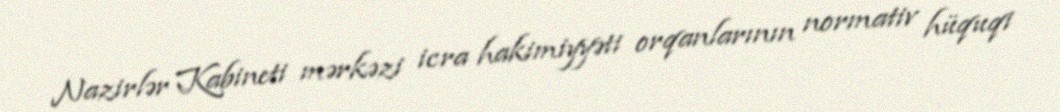
Nazirlər Kabineti mərkəzi icra hakimiyyəti orqanlarının normativ hüquqi